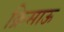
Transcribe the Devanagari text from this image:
क्रिसाऊ